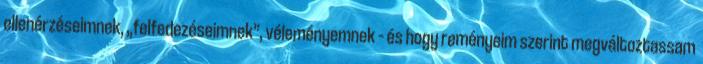
ellenérzéseimnek, „felfedezéseimnek”, vé­le­ményemnek – és hogy reményeim szerint megváltoztassam